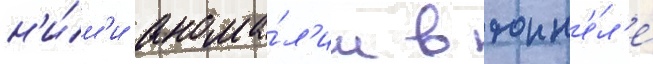
н'и́м'и анома́л'ии в тонн'е́л'е